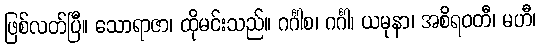
ဖြစ်လတ်ပြီ။ သောရာဇာ၊ ထိုမင်းသည်။ ဂင်္ဂါစ၊ ဂင်္ဂါ၊ ယမုနာ၊ အစိရဝတီ၊ မဟီ၊